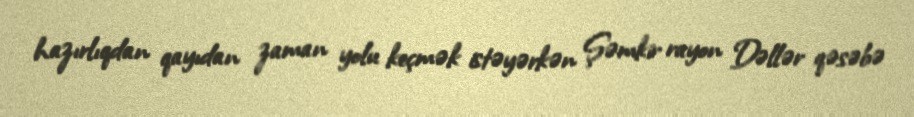
hazırlıqdan qayıdan zaman yolu keçmək istəyərkən Şəmkir rayon Dəllər qəsəbə